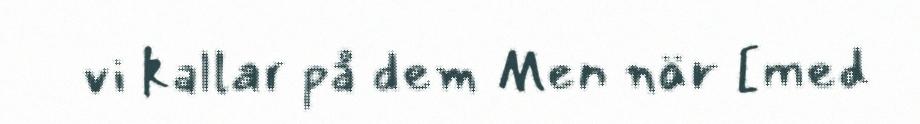
vi kallar på dem Men när [med